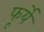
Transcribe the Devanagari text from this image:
फूर्यें